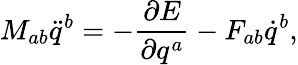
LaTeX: M_{ab}\ddot{q}^{b}=-\frac{\partial E}{\partial q^{a}}-F_{ab}\dot{q}^{b},